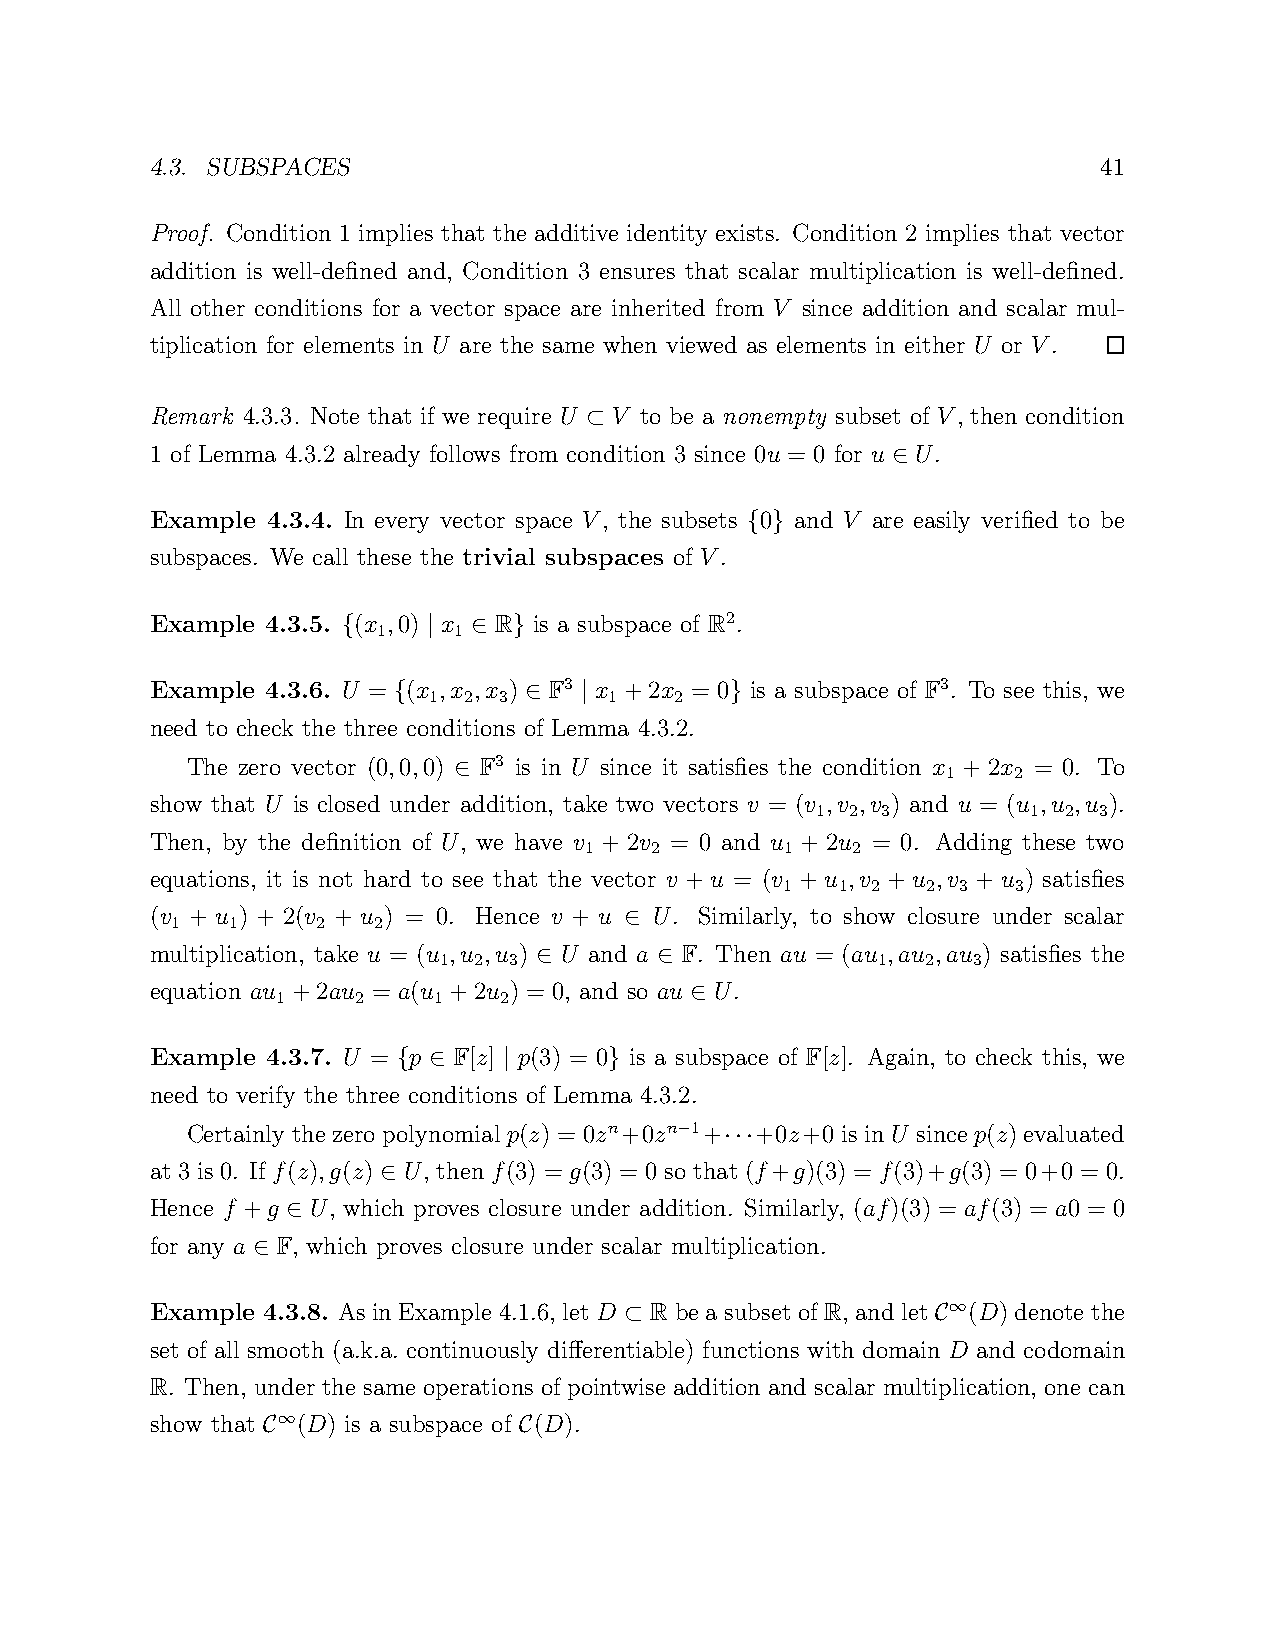
4.3. SUBSPACES                                                 41
 Proof. Condition 1 implies that the additive identity exists. Condition 2 implies that vector
 addition is well-defined and, Condition 3 ensures that scalar multiplication is well-defined.
 All other conditions for a vector space are inherited from V since addition and scalar mul-
 tiplication for elements in U are the same when viewed as elements in either U or V.
 Remark 4.3.3. Note that if we require U V to be a nonempty subset of V, then condition
 ⊂
 1 of Lemma 4.3.2 already follows from condition 3 since 0u = 0 for u U.
 ∈
 Example 4.3.4. In every vector space V, the subsets 0 and V are easily verified to be
 { }
 subspaces. We call these the trivial subspaces of V.
 Example 4.3.5. (x ,0) x R is a subspace of R2.
 1    1
 {    |  ∈  }
 Example 4.3.6. U = (x ,x ,x ) F3 x +2x = 0 is a subspace of F3. To see this, we
 1  2 3      1    2
 {        ∈  |         }
 need to check the three conditions of Lemma 4.3.2.
 The zero vector (0,0,0) F3 is in U since it satisfies the condition x + 2x = 0. To
 1   2
 ∈
 show that U is closed under addition, take two vectors v = (v ,v ,v ) and u = (u ,u ,u ).
 1 2 3         1 2  3
 Then, by the definition of U, we have v + 2v = 0 and u + 2u = 0. Adding these two
 1   2        1   2
 equations, it is not hard to see that the vector v + u = (v + u ,v + u ,v + u ) satisfies
 1   1 2  2 3   3
 (v + u ) + 2(v + u ) = 0. Hence v + u U. Similarly, to show closure under scalar
 1   1     2   2
 ∈
 multiplication, take u = (u ,u ,u ) U and a F. Then au = (au ,au ,au ) satisfies the
 1 2  3                       1  2  3
 ∈       ∈
 equation au +2au = a(u +2u ) = 0, and so au U.
 1     2    1   2
 ∈
 Example 4.3.7. U = p F[z] p(3) = 0 is a subspace of F[z]. Again, to check this, we
 { ∈    |      }
 need to verify the three conditions of Lemma 4.3.2.
 Certainly the zero polynomial p(z) = 0zn+0zn 1+ +0z+0 is in U since p(z) evaluated
 −
 ···
 at 3 is 0. If f(z),g(z) U, then f(3) = g(3) = 0 so that (f+g)(3) = f(3)+g(3) = 0+0 = 0.
 ∈
 Hence f +g U, which proves closure under addition. Similarly, (af)(3) = af(3) = a0 = 0
 ∈
 for any a F, which proves closure under scalar multiplication.
 ∈
 Example 4.3.8. As in Example 4.1.6, let D R be a subset of R, and let (D) denote the
 ∞
 ⊂                    C
 set of all smooth (a.k.a. continuously differentiable) functions with domain D and codomain
 R. Then, under the same operations of pointwise addition and scalar multiplication, one can
 show that (D) is a subspace of (D).
 ∞
 C                C